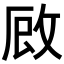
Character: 𭣪